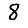
Digit: 8